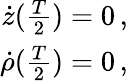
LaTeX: \begin{array}{r}{\dot{z}(\frac{T}{2})=0\, ,}\\ {\dot{\rho}(\frac{T}{2})=0\, ,}\end{array}